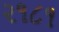
૨૧૮૧